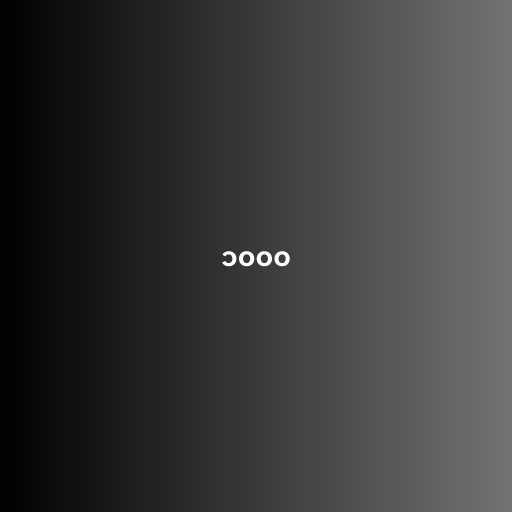
၁၀၀၀